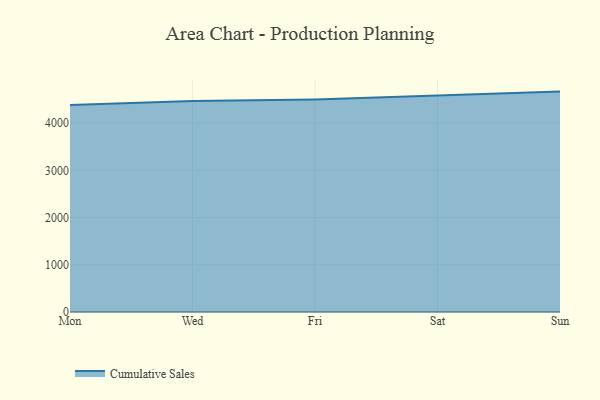
{"axis": {"x": "Day", "y": "Temperature (°C)"}, "legend": ["Cumulative Sales"], "data": [{"x": "Mon", "y": 4383.0, "type": "Cumulative Sales"}, {"x": "Wed", "y": 4467.8, "type": "Cumulative Sales"}, {"x": "Fri", "y": 4503.3, "type": "Cumulative Sales"}, {"x": "Sat", "y": 4580.3, "type": "Cumulative Sales"}, {"x": "Sun", "y": 4668.3, "type": "Cumulative Sales"}]}